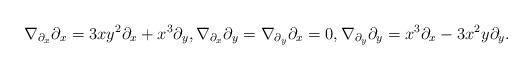
LaTeX: \begin{gather*}\nabla_{\partial_x} \partial_x = 3 x y^2 \partial_x + x^3 \partial_y , \nabla_{\partial_x} \partial_y = \nabla_{\partial_y} \partial_x = 0 , \nabla_{\partial_y} \partial_y = x^3 \partial_x - 3 x^2 y \partial_y .\end{gather*}